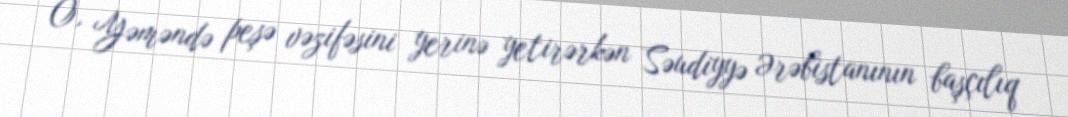
O, Yəməndə peşə vəzifəsini yerinə yetirərkən Səudiyyə Ərəbistanının başçılıq